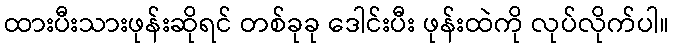
ထားပီးသားဖုန်းဆိုရင် တစ်ခုခု ဒေါင်းပီး ဖုန်းထဲကို လုပ်လိုက်ပါ။